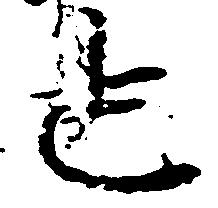
也